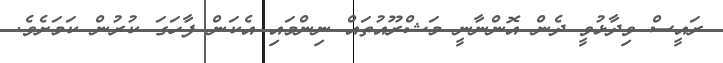
ރައީސް ވިދާޅުވީ ދެން އޮންނާނީ މަޝްރޫއުތައް ނިންމައި އެކަން ފާހަގަ ކުރުން ކަމަށެވެ.